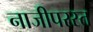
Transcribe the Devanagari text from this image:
नाजीपरस्त